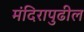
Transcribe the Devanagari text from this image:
मंदिरापुढील